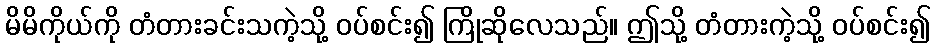
မိမိကိုယ်ကို တံတားခင်းသကဲ့သို့ ဝပ်စင်း၍ ကြိုဆိုလေသည်။ ဤသို့ တံတားကဲ့သို့ ဝပ်စင်း၍